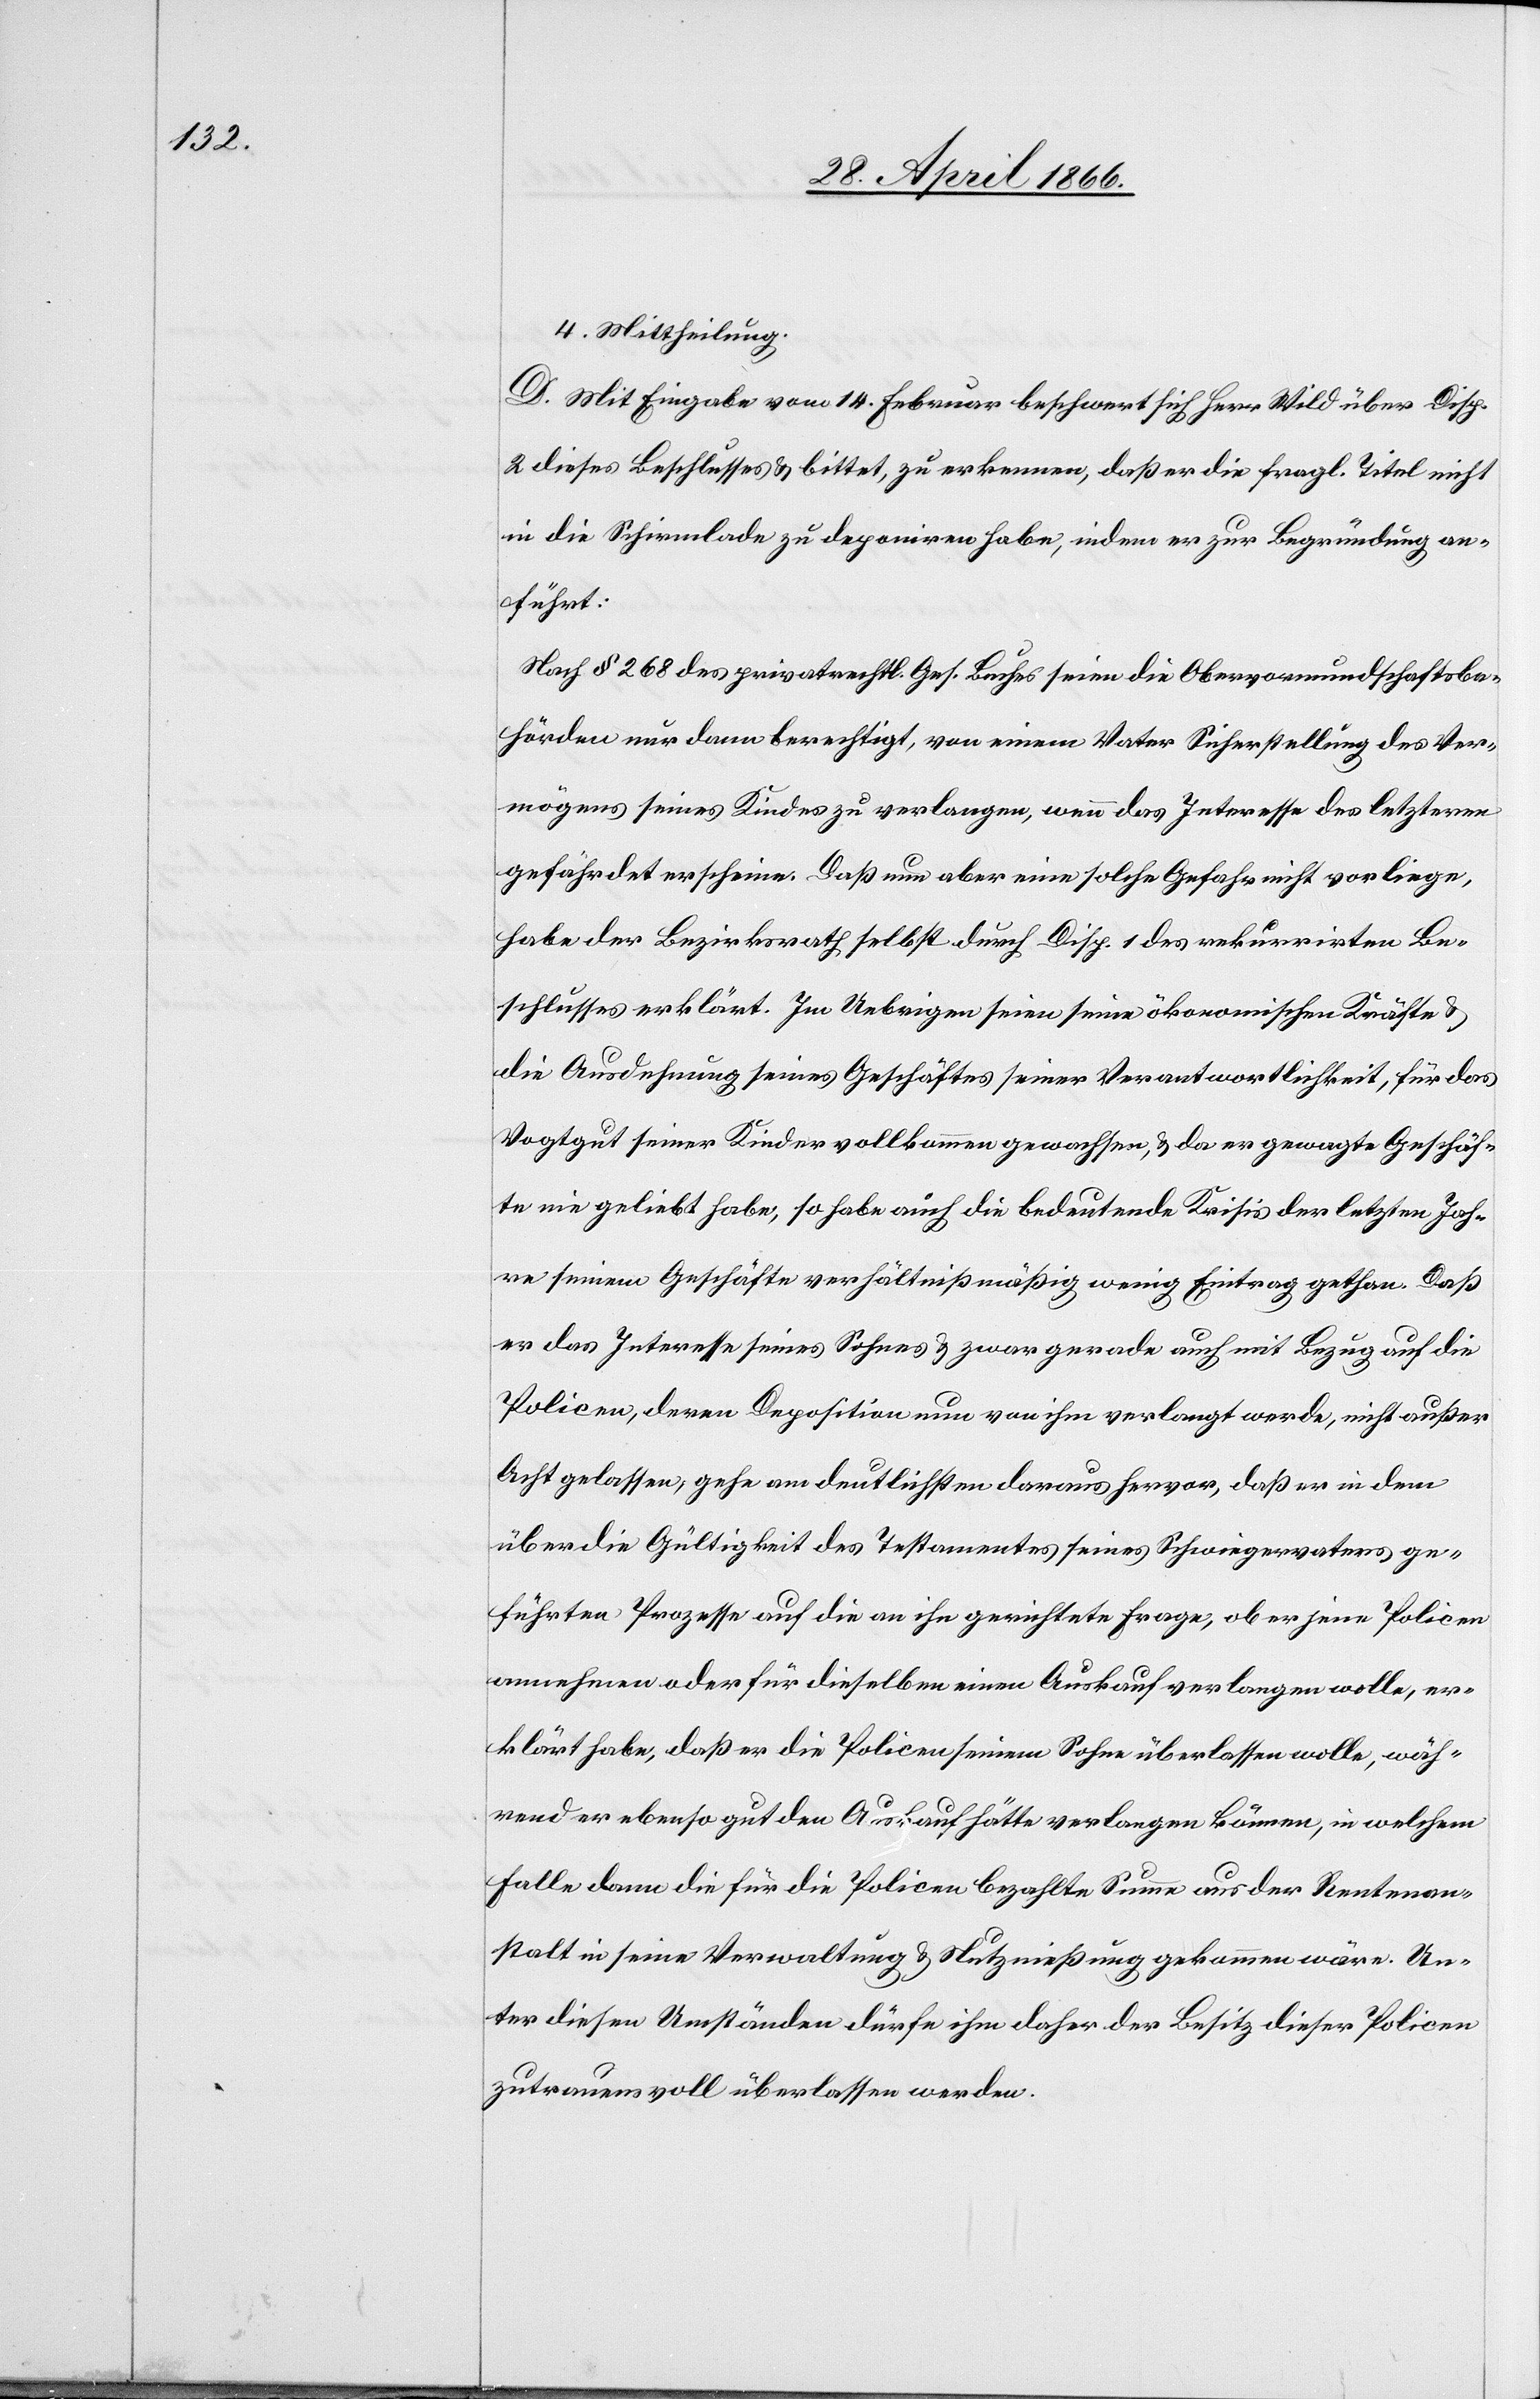
4. Mittheilung.
D. Mit Eingabe vom 14. Februar beschwert sich Herr Wild über Disp.
2 diese Beschlusses u. bittet, zu erkennen, daß er die fragl. Titel nicht
in die Schirmlade zu deponiren habe, indem er zur Begründung an¬
führt:
Nach § 268 des privatrechtl. Ges. Buches seien die Obervormundschaftsbe¬
hörden nur dann berechtigt, von einem Vater Sicherstellung des Ver¬
mögens seines Kindes zu verlangen, wenn das Interesse des letzteren
gefährdet erscheine. Daß nun aber eine solche Gefahr nicht vorliege,
habe der Bezirksrath selbst durch Disp. 1 des rekurrirten Be¬
schlusses erklärt. Im Uebrigen seien seine ökonomischen Kräfte u.
die Ausdehnung seines Geschäftes seiner Verantwortlichkeit, für das
Vogtgut seiner Kinder vollkommen gewachsen, u. da er gewagte Geschäf¬
te nie geliebt habe, so habe auch die bedeutende Krisis der letzten Jah¬
re seinem Geschäfte verhältnißmäßig wenig Eintrag gethan. Daß
er das Interesse seines Sohnes u. zwar gerade auch mit Bezug auf die
Policen, deren Deposition nun von ihm verlangt werden, nicht außer
Acht gelassen, gehe am deutlichsten daraus hervor, daß er in dem
über die Gültigkeit des Testamentes seines Schwiegervaters ge¬
führten Prozesse auf die an ihn gerichtete Frage, ob er jene Policen
annehmen oder für dieselben einen Auskauf verlangen wolle, er¬
klärt habe, daß er die Policen seinem Sohne überlassen wolle, wäh¬
rend er ebenso gut den Auskauf hätte verlangen können, in welchem
Falle dann die für die Policen bezahlte Summe aus der Rentenan¬
stalt in seine Verwaltung u. Nutznießung gekommen wäre. Un¬
ter diesen Umständen dürfe ihm daher der Besitz dieser Policen
zutrauensvoll überlassen werden.